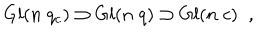
G l ( n \; q _ { c } ) \supset G l ( n \; q ) \supset G l ( n \; c ) \; \; ,